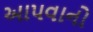
આપવાનો